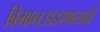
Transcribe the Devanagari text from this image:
विमानउडडाणासाठी